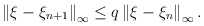
\begin{align*}\left\| \xi -\xi_{n+1}\right\| _{\infty }\leq q\left\| \xi -\xi_{n}\right\|_{\infty }.\end{align*}